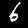
Label: 6